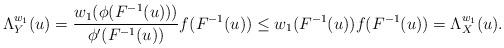
LaTeX: \begin{align*}\Lambda_Y^{w_1}(u)=\frac{w_1(\phi(F^{-1}(u)))}{\phi^\prime(F^{-1}(u))}f(F^{-1}(u))\leq w_1(F^{-1}(u))f(F^{-1}(u))=\Lambda_X^{w_1}(u).\end{align*}